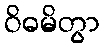
ဝိဓမိတွာ